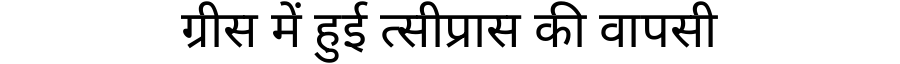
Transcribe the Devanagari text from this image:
ग्रीस में हुई त्सीप्रास की वापसी